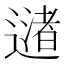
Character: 𬩅